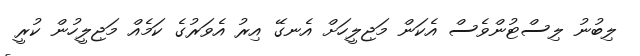
ލިބުނު ލިސްޓުންވެސް އެކަން މަޖިލީހަށް އެނގޭ އިރު އެވަރުގެ ކަމެއް މަޖިލީހުން ކުރީ